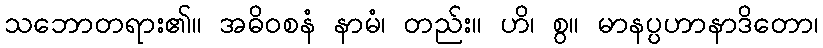
သဘောတရား၏။ အဓိဝစနံ နာမံ၊ တည်း။ ဟိ၊ စွ။ မာနပ္ပဟာနာဒိတော၊